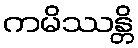
ကမိဿန္တိ